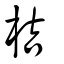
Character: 桔